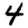
Digit: 4